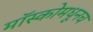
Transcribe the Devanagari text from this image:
मॉस्कोमधूनच